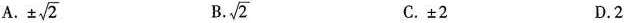
A. \pm \sqrt{2} B. \sqrt{2} C. \pm2 D. 2